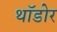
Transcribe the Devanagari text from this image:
थॉडोर